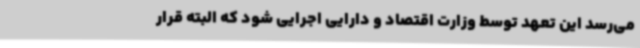
می‌رسد این تعهد توسط وزارت اقتصاد و دارایی اجرایی شود که البته قرار